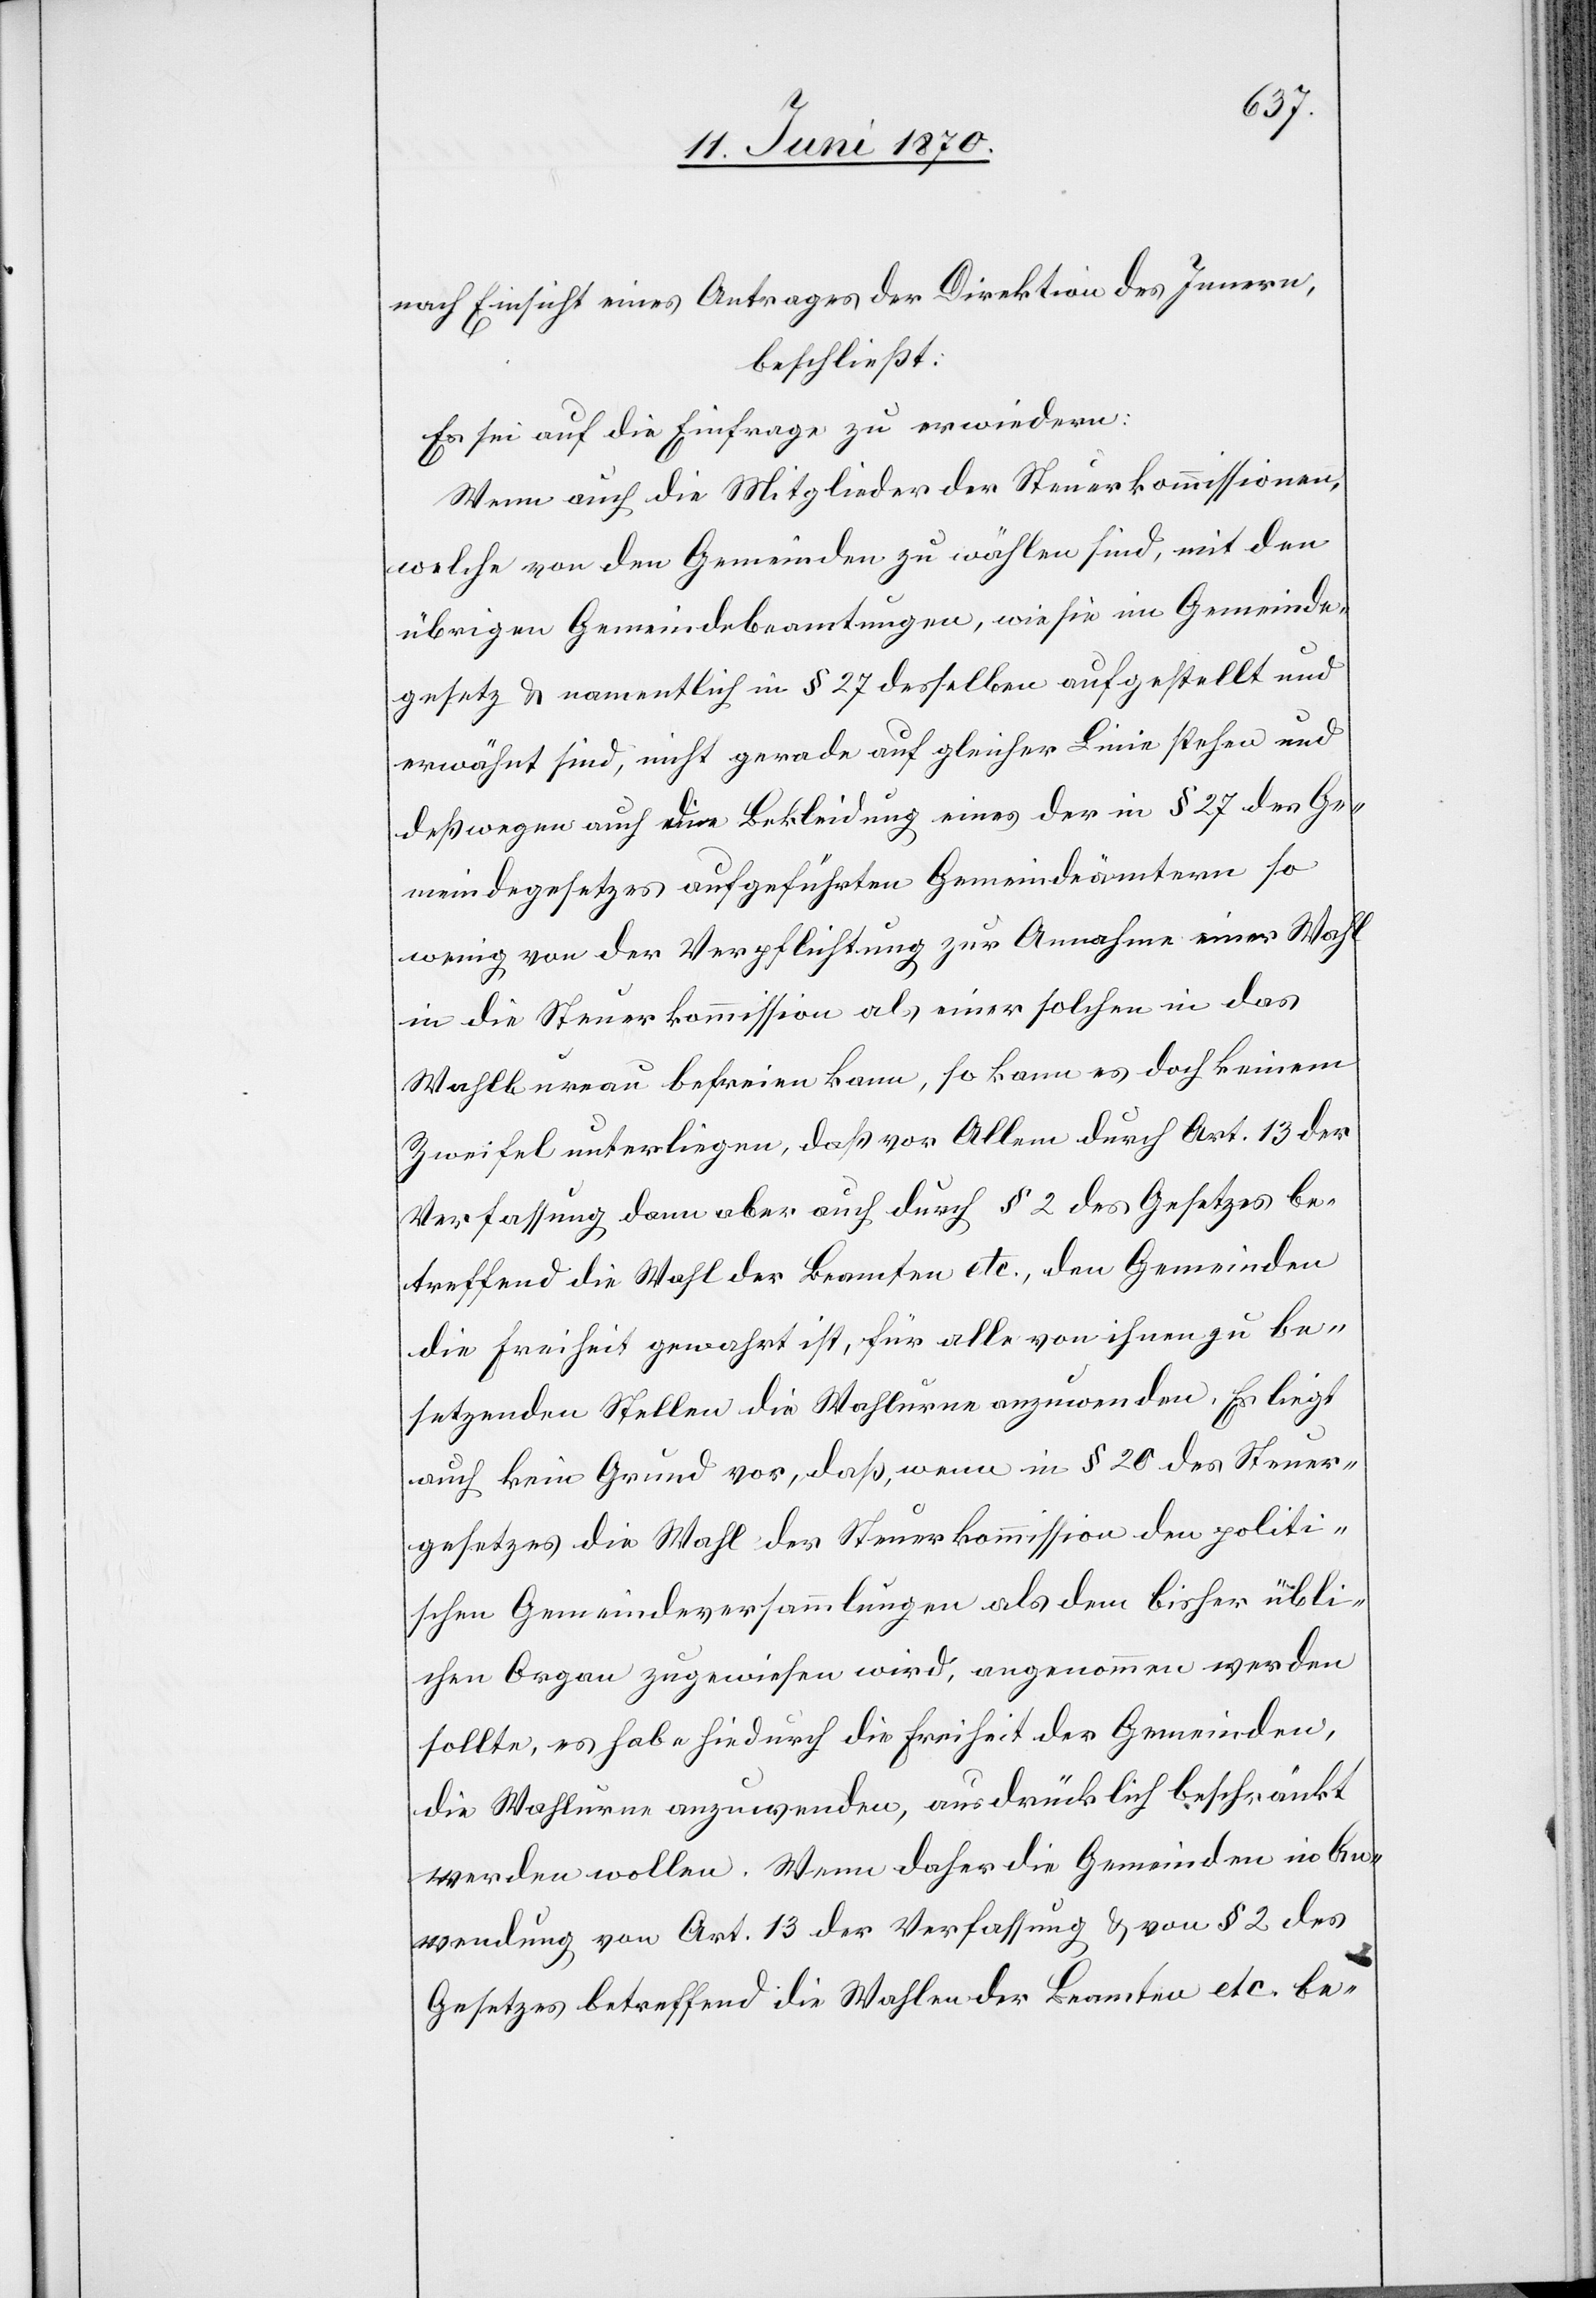
nach Einsicht eines Antrages der Direktion des Innern,
beschließt:
Es sei auf die Einfrage zu erwiedern:
Wenn auch die Mitglieder der Steuerkommissionen,
welche von den Gemeinden zu wählen sind, mit den
übrigen Gemeindebeamtungen, wie sie im Gemeinde¬
gesetz & namentlich in § 27 desselben aufgestellt und
erwähnt sind, nicht gerade auf gleicher Linie stehen und
deßwegen auch die Bekleidung eines der in § 27 des Ge¬
meindegesetzes aufgeführten Gemeindeämtern so
wenig von der Verpflichtung zur Annahme einer Wahl
in die Steuerkommission als einer solchen in das
Wahlbureau befreien kann, so kann es doch keinem
Zweifel unterliegen, daß vor Allem durch Art. 13 der
Verfassung dann aber auch durch § 2 des Gesetzes be¬
treffend die Wahl der Beamten etc., den Gemeinden
die Freiheit gewahrt ist, für alle von ihnen zu be¬
setzenden Stellen die Wahlurne anzuwenden. Es liegt
auch kein Grund vor, daß, wenn in § 20 des Steuer¬
gesetzes die Wahl der Steuerkommission den politi¬
schen Gemeindeversammlungen als dem bisher übli¬
chen Organ zugewiesen wird, angenommen werden
sollte, es habe hiedurch die Freiheit der Gemeinden,
die Wahlurne anzuwenden, ausdrücklich beschränkt
werden wollen. Wenn daher die Gemeinden in An¬
wendung von Art. 13 der Verfassung & von § 2 des
Gesetzes betreffend die Wahlen der Beamten etc. be-